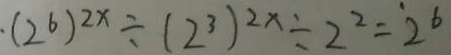
\cdot ( 2 ^ { 6 } ) ^ { 2 x } \div ( 2 ^ { 3 } ) ^ { 2 x } \div 2 ^ { 2 } = 2 ^ { 6 }